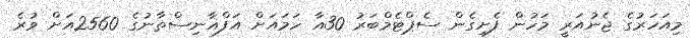
މިއަހަރުގެ ޖެނުއަރީ މަހުން ފެށިގެން ސެޕްޓެމްބަރު 30އާ ހަމައަށް އަފްޣާނިސްތާނުގެ 2560އަށް ވުރެ